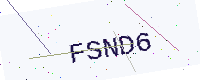
Text: FSND6